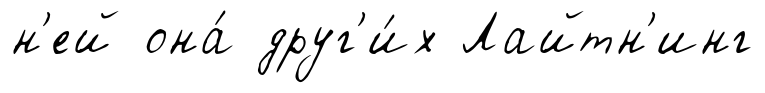
н'ей она́ друг'и́х Лайтн'инг